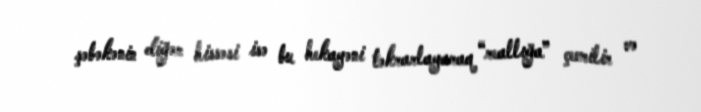
şəbəkənin diğər hissəsi isə bu hekayəni təkrarlayaraq “reallığa” çevrilir və